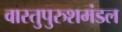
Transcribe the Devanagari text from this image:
वास्तुपुरुशमंडल